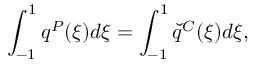
\int _ { - 1 } ^ { 1 } q ^ { P } ( \xi ) d \xi = \int _ { - 1 } ^ { 1 } \check { q } ^ { C } ( \xi ) d \xi ,